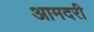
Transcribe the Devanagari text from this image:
आमदरी